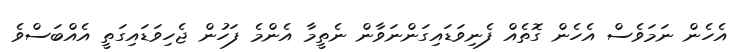
އެހެން ނަމަވެސް އެހެން ގޮތެއް ފެނިވަޑައިގަންނަވާން ނެތީމާ އެންމެ ފަހުން ޖެހިވަޑައިގަތީ އެއްބަސްވެ